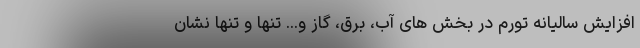
افزایش سالیانه تورم در بخش های آب، برق، گاز و... تنها و تنها نشان